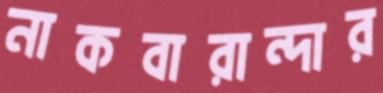
নাকবারান্দার